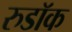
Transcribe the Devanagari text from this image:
रुडॉक